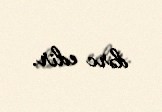
dərc edir.